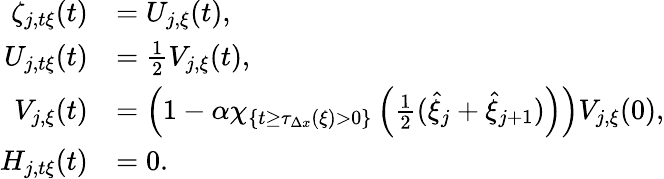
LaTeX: \begin{array}{rl}{\zeta_{j,t\xi}(t)}&{=U_{j,\xi}(t),}\\ {U_{j,t\xi}(t)}&{=\frac{1}{2}V_{j,\xi}(t),}\\ {V_{j,\xi}(t)}&{=\left(1-\alpha\chi_{\{ t\geq\tau_{\Delta x}(\xi)>0\} }\left(\frac 12(\hat{\xi}_{j}+\hat{\xi}_{j+1})\right)\right)V_{j,\xi}(0),}\\ {H_{j,t\xi}(t)}&{=0.}\end{array}